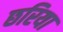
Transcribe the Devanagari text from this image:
छरिया